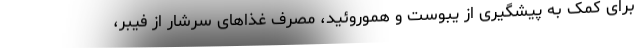
برای کمک به پیشگیری از یبوست و هموروئید، مصرف غذاهای سرشار از فیبر،